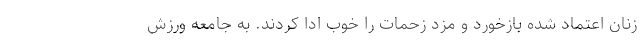
زنان اعتماد شده بازخورد و مزد زحمات را خوب ادا کردند. به جامعه ورزش